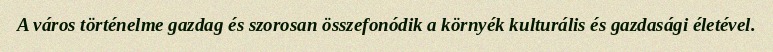
A város történelme gazdag és szorosan összefonódik a környék kulturális és gazdasági életével.